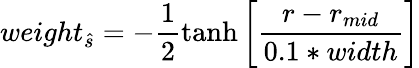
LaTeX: weight_{\hat{s}}=-\frac{1}{2}\operatorname{tanh}\left[\frac{r-r_{mid}}{0.1*width}\right]